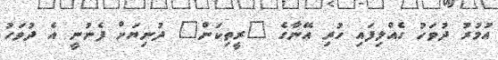
އުމުުރު ދުވަހު ގެއްލިފައި ހުރި އޭނާގެ "ރީތިކަން" ދުނިޔަށް ފެނުނީ އެ ދުވަހު